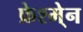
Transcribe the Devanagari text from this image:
फ्रेश्मे्न